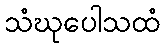
သံဃုပေါသထံ